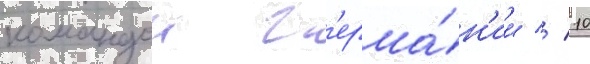
командои г'ерма́н'ии // 10